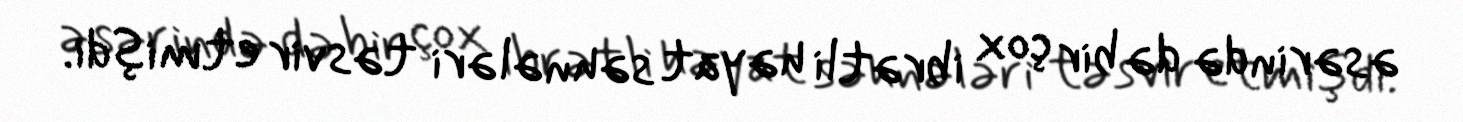
əsərində də bir çox ibrətli həyat səhnələri təsvir etmişdi.